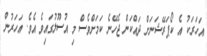
އަހަރަކު އެ ކޯޕަރޭޝަނަށް ދައްކަން ޖެހޭނެ ކަމަށްވެސް މި އުސޫލުގައިވެ އެވެ. އަހަރުން